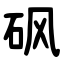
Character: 砜